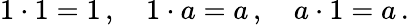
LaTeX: \textstyle 1\cdot 1=1\, ,\quad 1\cdot a=a\, ,\quad a\cdot 1=a\, .